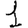
Digit: 1